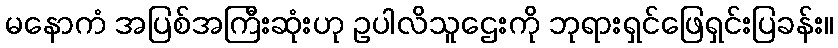
မနောကံ အပြစ်အကြီးဆုံးဟု ဥပါလိသူဌေးကို ဘုရားရှင်ဖြေရှင်းပြခန်း။